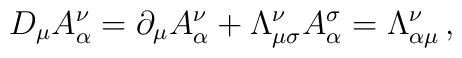
D_{\mu}A^{\nu}_{\alpha}=\partial_{\mu}A^{\nu}_{\alpha}+\Lambda^{\nu}_{\mu\sigma}A^{\sigma}_{\alpha}=\Lambda^{\nu}_{\alpha\mu}\,,